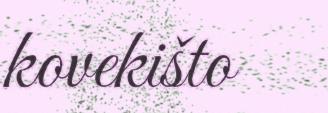
kovekišto